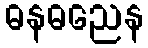
ဓနဓညေန